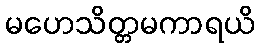
မဟေသိတ္တမကာရယိ